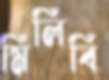
মিলিবি